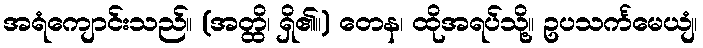
အရံကျောင်းသည်။ (အတ္ထိ၊ ရှိ၏။) တေန၊ ထိုအရပ်သို့။ ဥပသင်္ကမေယျံ၊